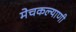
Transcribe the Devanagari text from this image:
मेचकल्याणी